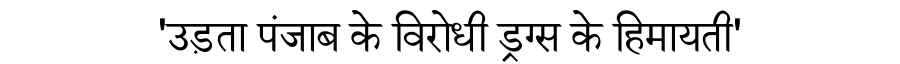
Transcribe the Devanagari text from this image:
'उड़ता पंजाब के विरोधी ड्रग्स के हिमायती'